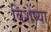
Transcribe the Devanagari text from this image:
विशेष्या